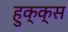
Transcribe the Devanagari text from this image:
हुक्क्स